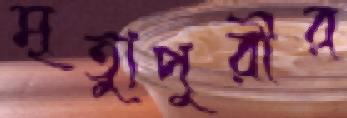
মৃত্যুপুরীর